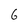
Character: 6